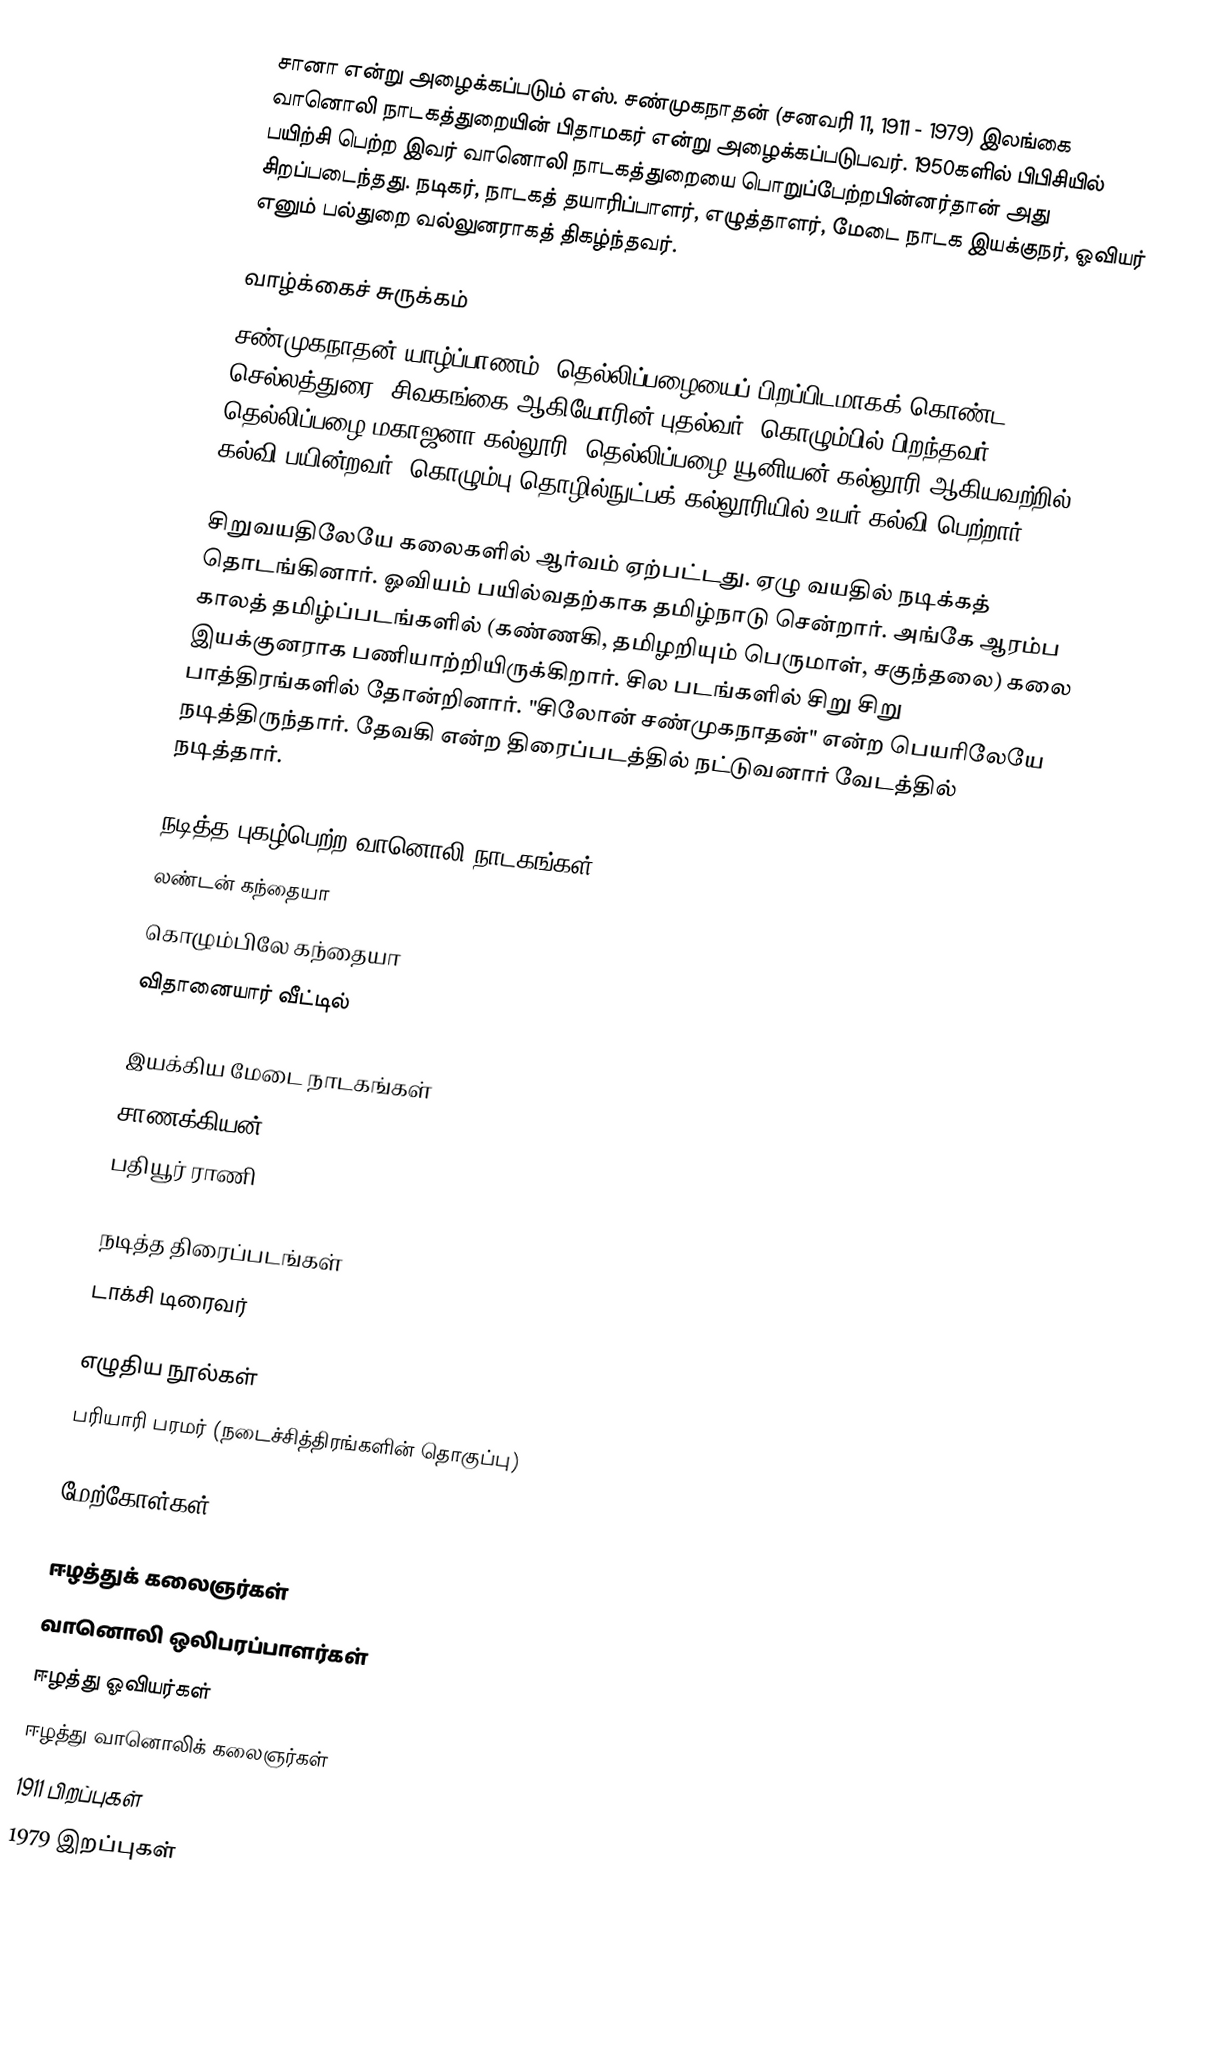
சானா என்று அழைக்கப்படும் எஸ். சண்முகநாதன் (சனவரி 11, 1911 - 1979) இலங்கை வானொலி நாடகத்துறையின் பிதாமகர் என்று அழைக்கப்படுபவர். 1950களில் பிபிசியில் பயிற்சி பெற்ற இவர் வானொலி நாடகத்துறையை பொறுப்பேற்றபின்னர்தான் அது சிறப்படைந்தது. நடிகர், நாடகத் தயாரிப்பாளர், எழுத்தாளர், மேடை நாடக இயக்குநர், ஓவியர் எனும் பல்துறை வல்லுனராகத் திகழ்ந்தவர்.

வாழ்க்கைச் சுருக்கம்
சண்முகநாதன் யாழ்ப்பாணம், தெல்லிப்பழையைப் பிறப்பிடமாகக் கொண்ட செல்லத்துரை, சிவகங்கை ஆகியோரின் புதல்வர். கொழும்பில் பிறந்தவர். தெல்லிப்பழை மகாஜனா கல்லூரி, தெல்லிப்பழை யூனியன் கல்லூரி ஆகியவற்றில் கல்வி பயின்றவர். கொழும்பு தொழில்நுட்பக் கல்லூரியில் உயர் கல்வி பெற்றார்.

சிறுவயதிலேயே கலைகளில் ஆர்வம் ஏற்பட்டது. ஏழு வயதில் நடிக்கத் தொடங்கினார். ஓவியம் பயில்வதற்காக தமிழ்நாடு சென்றார். அங்கே ஆரம்ப காலத் தமிழ்ப்படங்களில் (கண்ணகி, தமிழறியும் பெருமாள், சகுந்தலை) கலை இயக்குனராக பணியாற்றியிருக்கிறார். சில படங்களில் சிறு சிறு பாத்திரங்களில் தோன்றினார். "சிலோன் சண்முகநாதன்" என்ற பெயரிலேயே நடித்திருந்தார். தேவகி என்ற திரைப்படத்தில் நட்டுவனார் வேடத்தில் நடித்தார்.

நடித்த புகழ்பெற்ற வானொலி நாடகங்கள்
 லண்டன் கந்தையா
 கொழும்பிலே கந்தையா
 விதானையார் வீட்டில்

இயக்கிய மேடை நாடகங்கள்
 சாணக்கியன்
 பதியூர் ராணி

நடித்த திரைப்படங்கள்
 டாக்சி டிரைவர்

எழுதிய நூல்கள்
 பரியாரி பரமர் (நடைச்சித்திரங்களின் தொகுப்பு)

மேற்கோள்கள்

ஈழத்துக் கலைஞர்கள்
வானொலி ஒலிபரப்பாளர்கள்
ஈழத்து ஓவியர்கள்
ஈழத்து வானொலிக் கலைஞர்கள்
1911 பிறப்புகள்
1979 இறப்புகள்